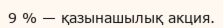
9 % — қазынашылық акция.